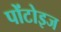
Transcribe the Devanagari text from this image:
पोंटोइज